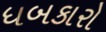
ધબકારો